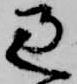
過